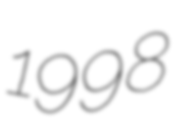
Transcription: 1998